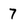
Character: 7